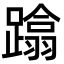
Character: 蹹